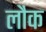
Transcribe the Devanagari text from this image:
लौक